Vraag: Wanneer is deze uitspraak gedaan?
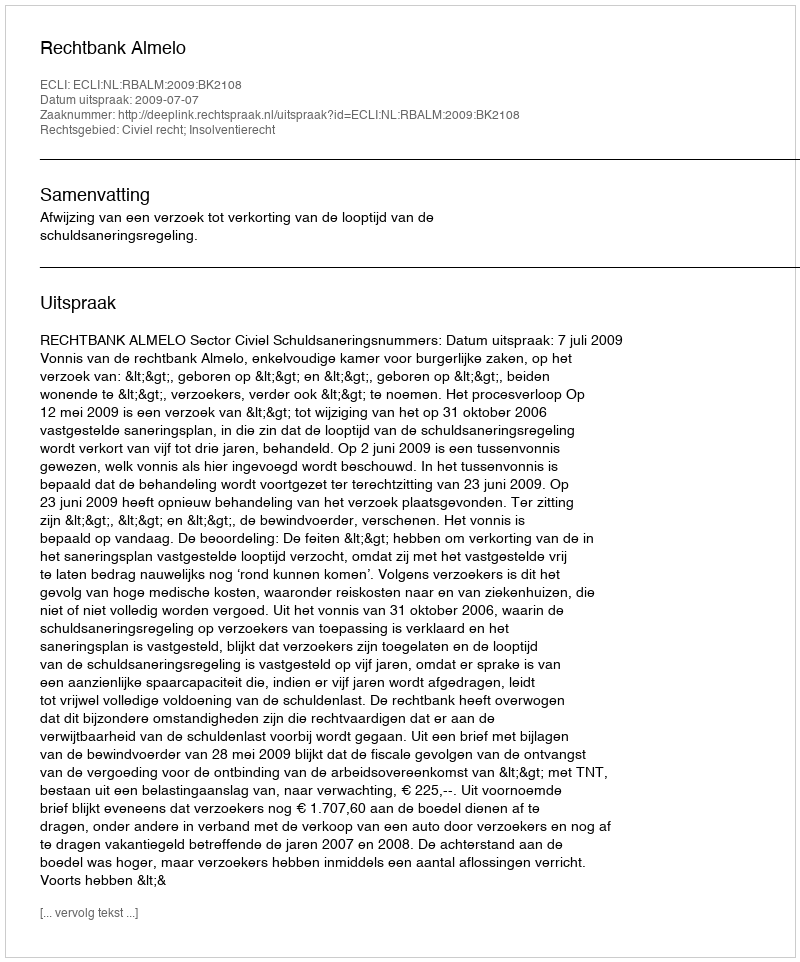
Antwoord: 2009-07-07